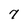
Character: 7